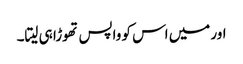
اور میں اس کو واپس تھوڑا ہی لیتا۔